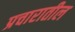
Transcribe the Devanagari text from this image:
प्रचारातील